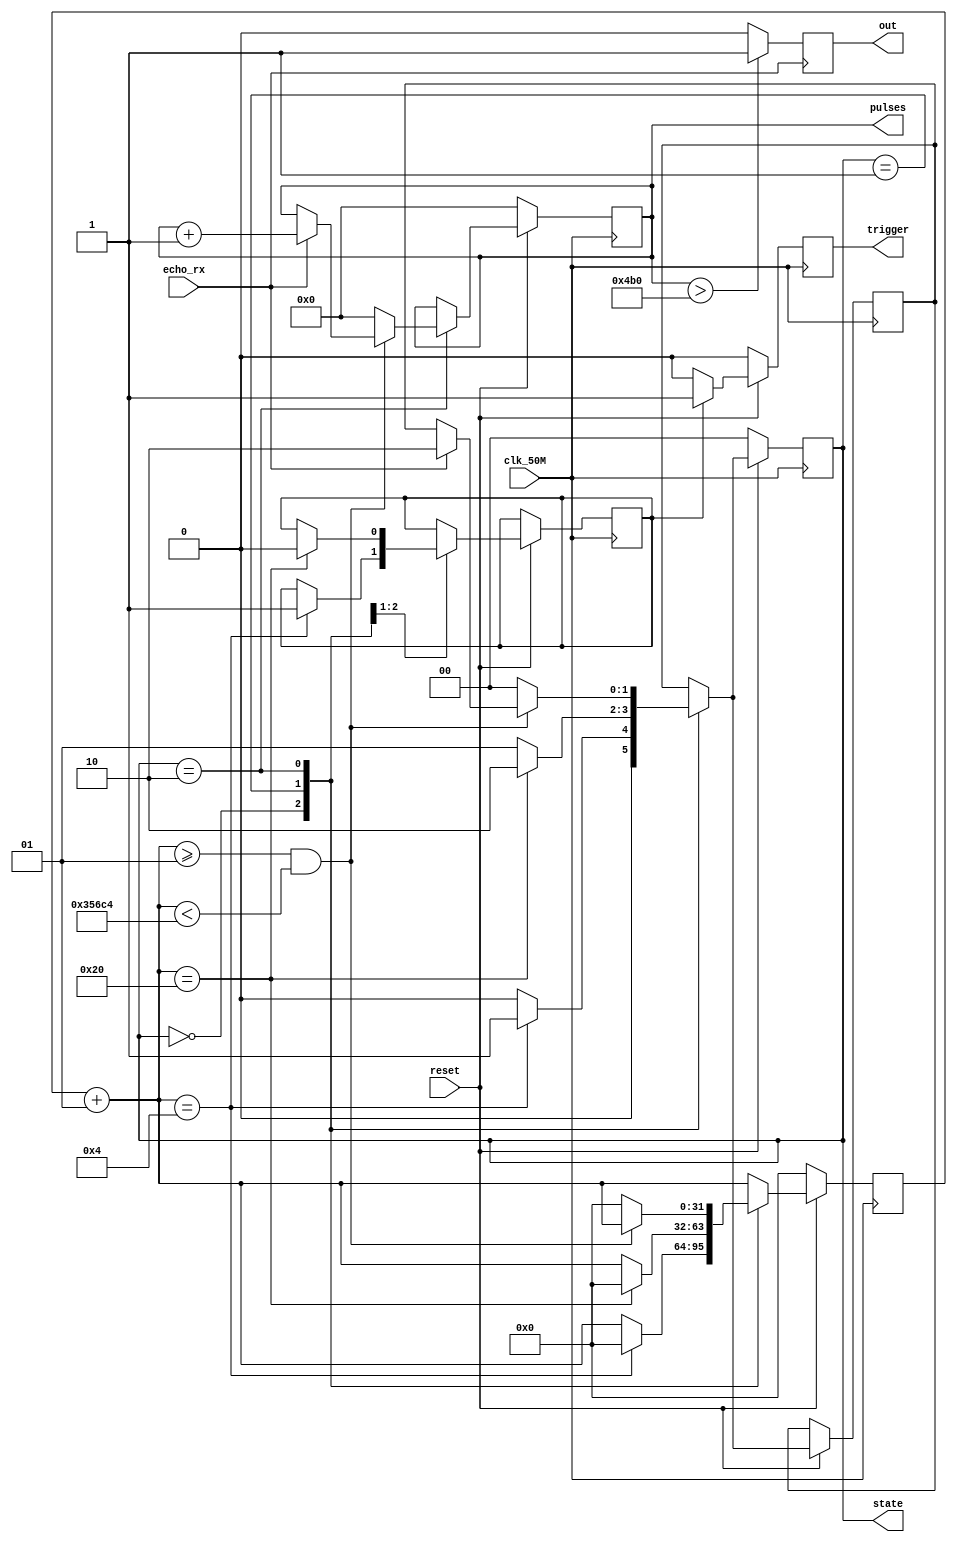
/*
# Team ID:          3762
# Theme:            Astro-Tinker Bot
# Author List:     	Madhu varshan,sundaram
# Filename:         ultrasonic
# File Description: Detects the faults based on a certain threshold
# Global variables: None
*/
module ultrasonic (
    input clk_50M, reset, echo_rx,
    output reg trigger, out,
    output reg [21:0] pulses,
    output reg [1:0] state
);

initial begin
    trigger = 0; out = 1; pulses = 0; state = 0;
end

//////////////////DO NOT MAKE ANY CHANGES ABOVE THIS LINE//////////////////
reg[1:0] next_state;
reg flag=0;
reg[21:0] distance;

integer warm_count;
integer trigger_count;
integer read_count;
integer count;

initial begin
warm_count=0;
trigger_count=0;
read_count=0;
count=0;
distance=0;

end


parameter warm_up =2'b00,trigger_pulse=2'b01,read_input=2'b10;
always @(posedge clk_50M)begin
/*
Purpose:
---
Used to detect the distance of the obstacle by triggering and reading the ultrasonic for 70 us
*/

count=count+1;
if(flag)begin
trigger=1;
end
else begin
trigger=0;
end

if(!reset)begin
 pulses=0;
 state=0;
 trigger=0;
 
 
 count=0;
 
 end

else begin

case(state)
warm_up : begin
if(!reset)begin


count=0;
next_state=warm_up;
end
else begin
if(count==4) begin
next_state=trigger_pulse;
//trigger=1;
flag=1;
count=0;
end
else begin
next_state=warm_up;
end
end
end // end of first state
trigger_pulse : begin
if(!reset)begin
next_state=warm_up;

count=0;
end
else begin

if(count==32)begin
//trigger=0;
flag=0;
next_state=read_input;
count=0;
end
else begin
next_state=trigger_pulse;
end
end


end// end of trigger state
read_input : begin
if(!reset)begin
next_state=warm_up;
count=0;
pulses=0;

end
else begin

if(count>=1 && count<218820)begin // 70ms
if( echo_rx==1) begin
pulses=pulses+1;
next_state=read_input;
end// end of 118 if
end//end of 117 if
else begin
if(pulses==29410)begin
//out=1;
pulses=0;
count=0;

next_state=warm_up;
end
else begin 
pulses=0;
count=0;


next_state=warm_up;

end
end //end of 123 else
end //end of 115 else
end //endof read state
endcase
state=next_state;
end
end
always@(negedge echo_rx) begin
distance=pulses;
out=distance>1200?1:0;//

end

//////////////////DO NOT MAKE ANY CHANGES BELOW THIS LINE//////////////////

endmodule